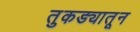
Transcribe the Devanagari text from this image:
तुकड्यातून